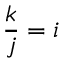
{ \frac { k } { j } } = i